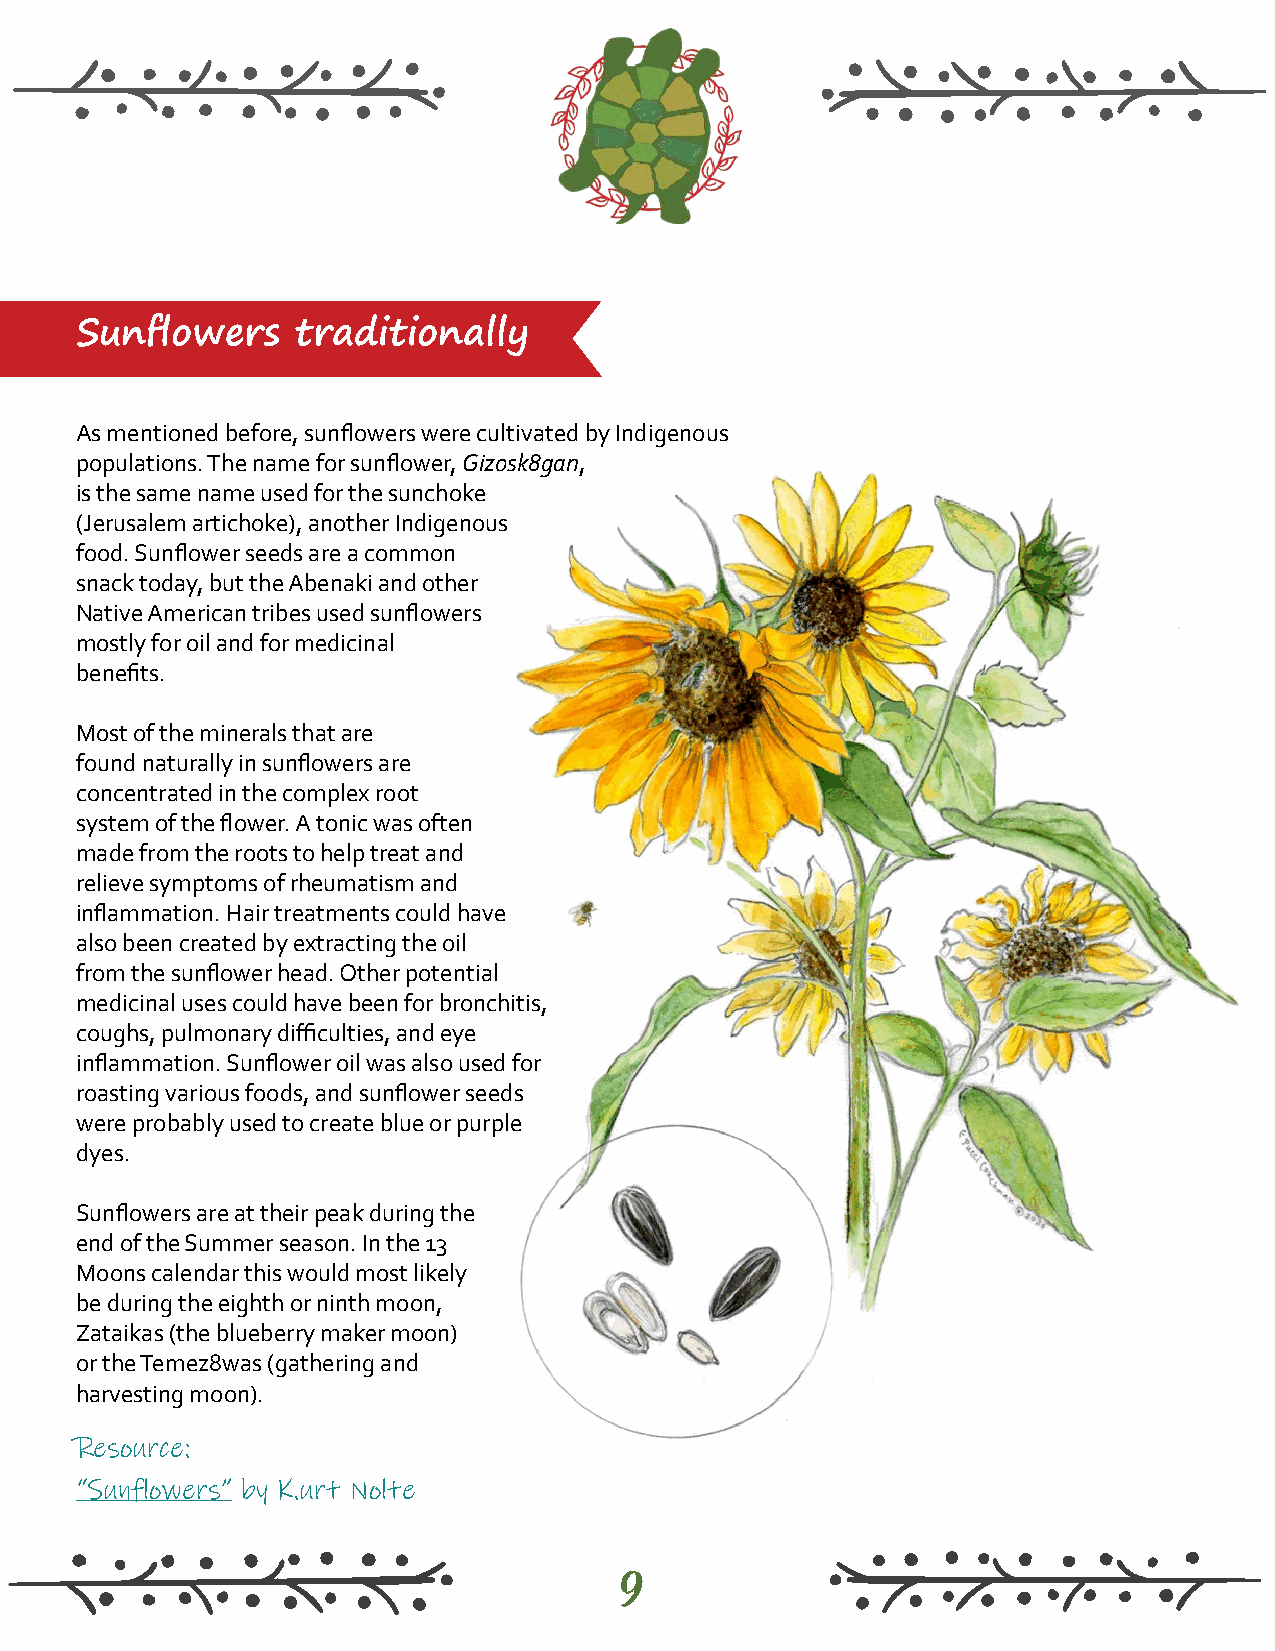
Sunflowers     traditionally
 As mentioned before, sunflowers were cultivated by Indigenous
 populations. The name for sunflower, Gizosk8gan,
 is the same name used for the sunchoke
 (Jerusalem artichoke), another Indigenous
 food. Sunflower seeds are a common
 snack today, but the Abenaki and other
 Native American tribes used sunflowers
 mostly for oil and for medicinal
 benefits.
 Most of the minerals that are
 found naturally in sunflowers are
 concentrated in the complex root
 system of the flower. A tonic was often
 made from the roots to help treat and
 relieve symptoms of rheumatism and
 inflammation. Hair treatments could have
 also been created by extracting the oil
 from the sunflower head. Other potential
 medicinal uses could have been for bronchitis,
 coughs, pulmonary difficulties, and eye
 inflammation. Sunflower oil was also used for
 roasting various foods, and sunflower seeds
 were probably used to create blue or purple
 dyes.
 Sunflowers are at their peak during the
 end of the Summer season. In the 13
 Moons calendar this would most likely
 be during the eighth or ninth moon,
 Zataikas (the blueberry maker moon)
 or the Temez8was (gathering and
 harvesting moon).
 Resource:
 “Sunflowers” by K.urt Nolte
 9